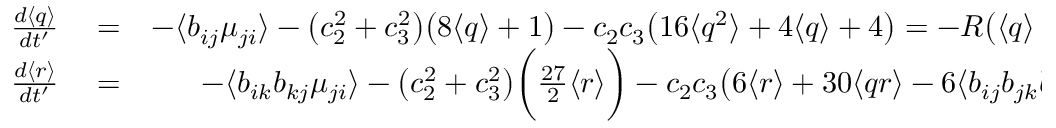
\begin{array} { r l r } { \frac { d \langle q \rangle } { d t ^ { \prime } } } & { { } = } & { - \langle b _ { i j } \mu _ { j i } \rangle - \big ( c _ { 2 } ^ { 2 } + c _ { 3 } ^ { 2 } \big ) \big ( 8 \langle q \rangle + 1 \big ) - c _ { 2 } c _ { 3 } \big ( 1 6 \langle q ^ { 2 } \rangle + 4 \langle q \rangle + 4 \big ) = - R \big ( \langle q \rangle - \overline { { q } } \big ) } \\ { \frac { d \langle r \rangle } { d t ^ { \prime } } } & { { } = } & { - \langle b _ { i k } b _ { k j } \mu _ { j i } \rangle - \big ( c _ { 2 } ^ { 2 } + c _ { 3 } ^ { 2 } \big ) \bigg ( \frac { 2 7 } { 2 } \langle r \rangle \bigg ) - c _ { 2 } c _ { 3 } \big ( 6 \langle r \rangle + 3 0 \langle q r \rangle - 6 \langle b _ { i j } b _ { j k } b _ { i k } \rangle \big ) } \end{array}